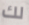
لك